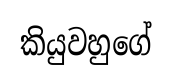
කියුවහුගේ